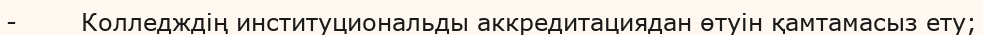
-        Колледждің институциональды аккредитациядан өтуін қамтамасыз ету;